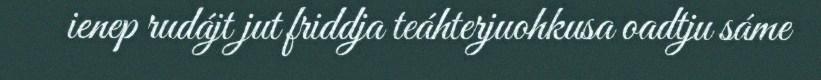
ienep rudájt jut friddja teáhterjuohkusa oadtju sáme